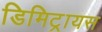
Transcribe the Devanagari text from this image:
डिमिट्रायस